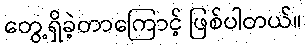
တွေ့ရှိခဲ့တာကြောင့် ဖြစ်ပါတယ်။